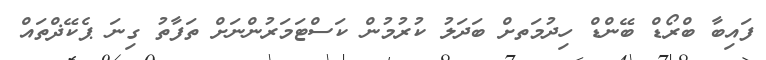
ފައިބާ ބްރޯޑް ބޭންޑް ހިދުމަަތށް ބަދަލު ކުރުމުން ކަސްޓަމަރުންނަށް ތަފާތު ގިނަ ޕެކޭޛްތައް